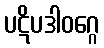
ပဋိပဒါဝဂ္ဂေ